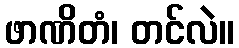
ဖာဏိတံ၊ တင်လဲ။